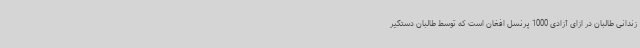
زندانی طالبان در ازای آزادی 1000 پرنسل افغان است که توسط طالبان دستگیر